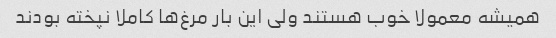
همیشه معمولا خوب هستند ولی این بار مرغ‌ها کاملا نپخته بودند